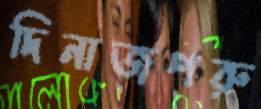
দিনাজপরু